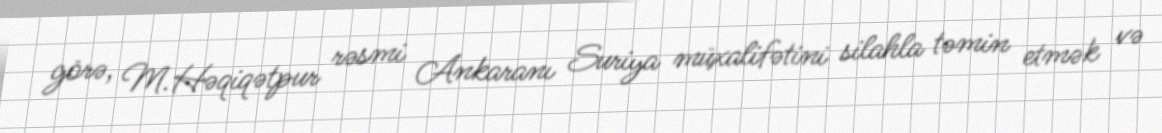
görə, M.Həqiqətpur rəsmi Ankaranı Suriya müxalifətini silahla təmin etmək və